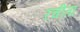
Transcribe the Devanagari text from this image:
रचीता